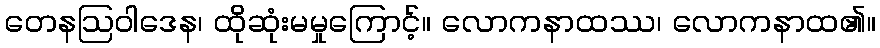
တေနဩဝါဒေန၊ ထိုဆုံးမမှုကြောင့်။ လောကနာထဿ၊ လောကနာထ၏။